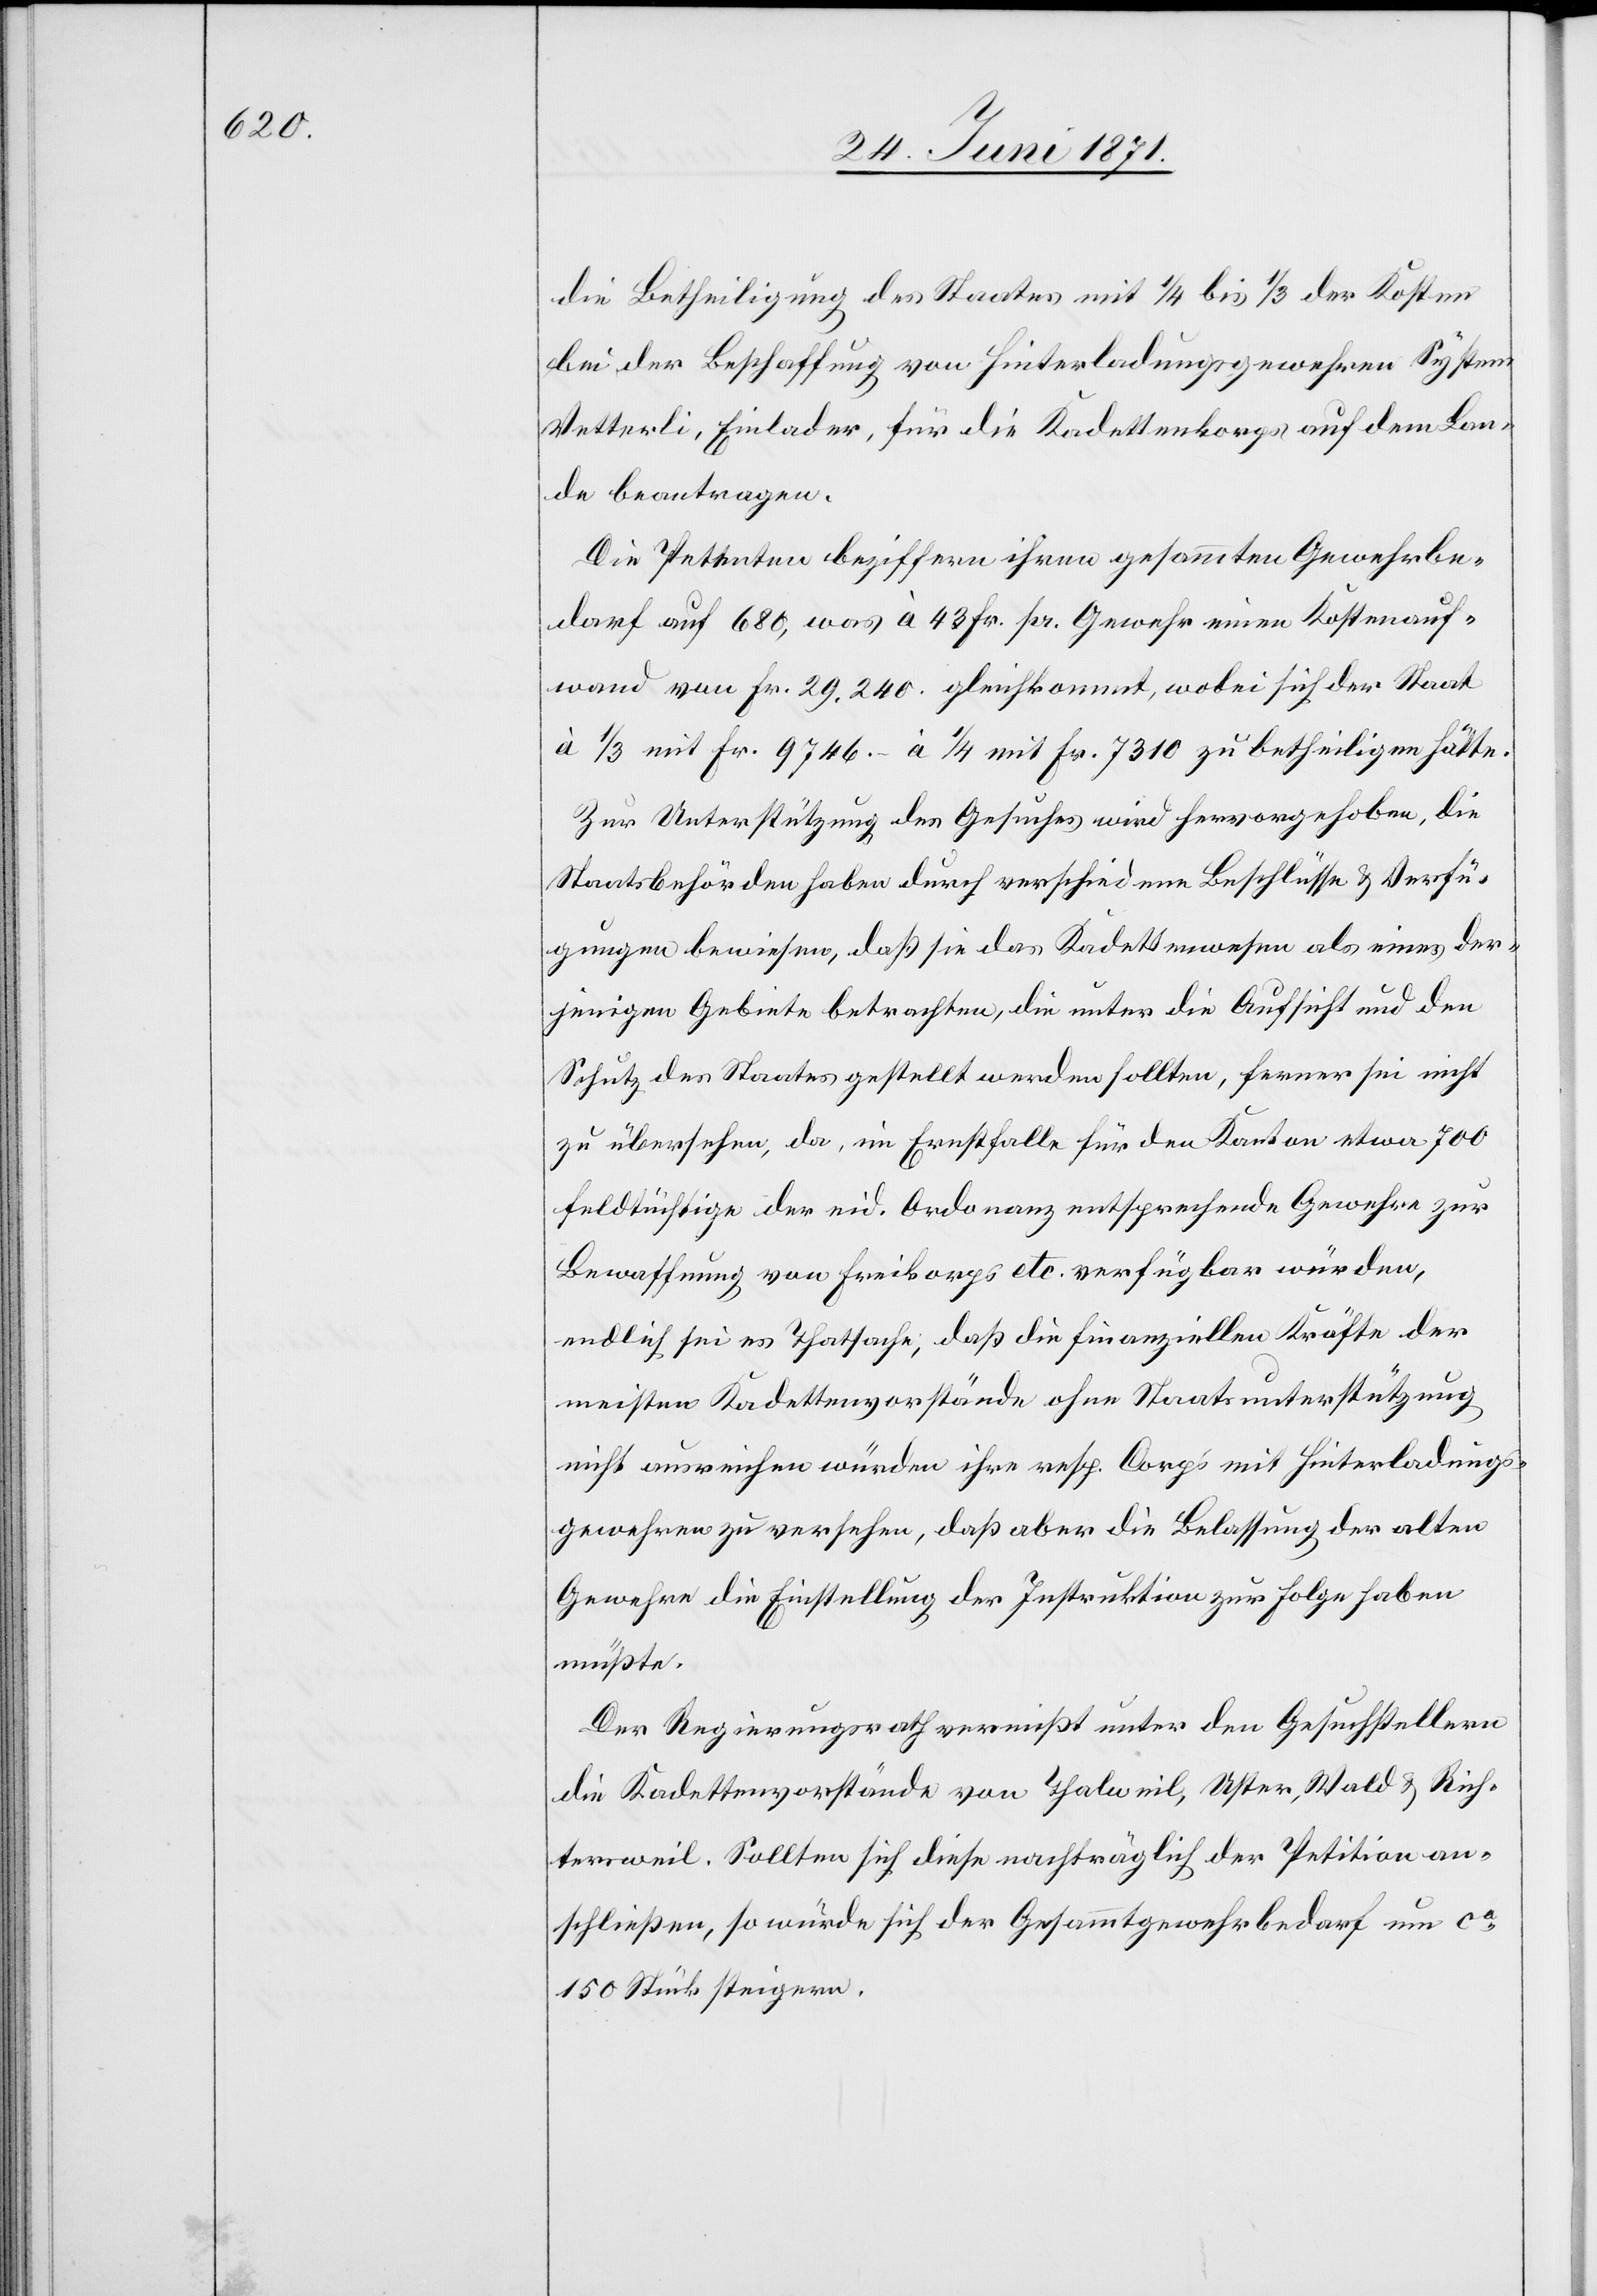
die Betheiligung des Staates mit 1/4 bis 1/3 der Kosten
bei der Beschaffung von Hinterladungsgewehren System
Vetterli, Einlader, für die Kadettenkorps auf dem Lan¬
de beantragen.
Die Petenten beziffern ihren gesammten Gewehrbe¬
darf auf 680, was à 43 pr. Gewehr einen Kostenauf¬
wand von Fr. 29.240. gleichkommt, wobei sich der Staat
à 1/3 mit Fr. 9746.– à 1/4 mit Fr. 7310 zu betheiligen hätte.
Zur Unterstützung des Gesuches wird hervorgehoben, die
Staatsbehörden haben durch verschiedene Beschlüsse u. Verfü¬
gungen bewiesen, daß sie das Kadettenwesen als eines der¬
jenigen Gebiete betrachten, die unter die Aufsicht und den
Schutz des Staates gestellt werden sollten, ferner sei nicht
zu übersehen, da, im Ernstfalle für den Kanton etwa 700
feldtüchtige der eid. Ordonanz entsprechende Gewehre zur
Bewaffnung von Freikorps etc. verfügbar würden,
endlich sei es Thatsache, daß die finanziellen Kräfte der
meisten Kadettenvorstände ohne Staatsunterstützung
nicht ausreichen würden ihre resp. Corps mit Hinterladungs¬
gewehren zu versehen, daß aber die Belassung der alten
Gewehre die Einstellung der Instruktion zu Folge haben
müßte.
Der Regierungsrath vermißt unter den Gesuchstellern
die Kadettenvorstände von Thalweil, Uster, Wald u. Rich¬
tersweil. Sollten sich diese nachträglich der Petition an¬
schließen, so würde sich der Gesammtgewehrbedarf um ca.
150 Stück steigern.